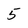
Character: 5